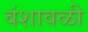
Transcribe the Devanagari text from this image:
वंशावळी